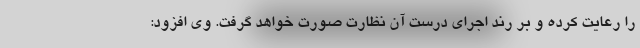
را رعایت کرده و بر رند اجرای درست آن نظارت صورت خواهد گرفت. وی افزود: